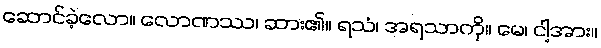
ဆောင်ခဲ့လော။ လောဏဿ၊ ဆား၏။ ရသံ၊ အရသာကို။ မေ၊ ငါ့အား။